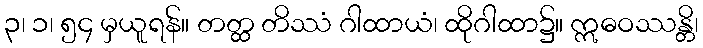
၃၊ ၁၊ ၅၄ မှယူရန်။ တတ္ထ တိဿံ ဂါထာယံ၊ ထိုဂါထာ၌။ ဣဓဝဿန္တိ၊